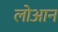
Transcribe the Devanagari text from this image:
लोआन